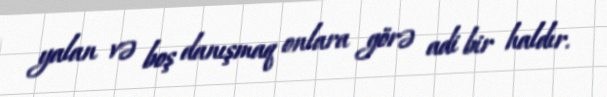
yalan və boş danışmaq onlara görə adi bir haldır.